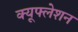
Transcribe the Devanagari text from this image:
क्यूफ्लेशन